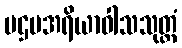
ပဌမအရိယာဝါသသုတ္တံ